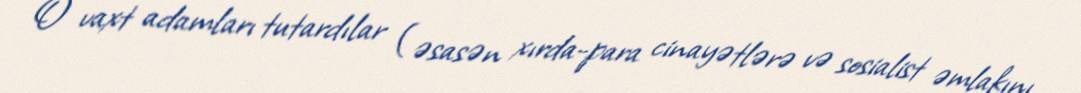
O vaxt adamları tutardılar (əsasən xırda-para cinayətlərə və sosialist əmlakını